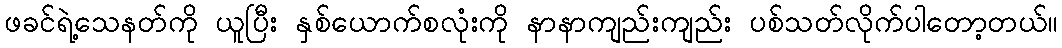
ဖခင်ရဲ့သေနတ်ကို ယူပြီး နှစ်ယောက်စလုံးကို နာနာကျည်းကျည်း ပစ်သတ်လိုက်ပါတော့တယ်။